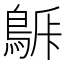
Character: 𪁯